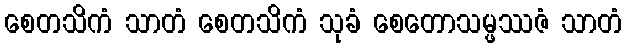
စေတသိကံ သာတံ စေတသိကံ သုခံ စေတောသမ္ဖဿဇံ သာတံ